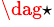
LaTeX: ^{\dag\star}